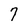
Character: 7